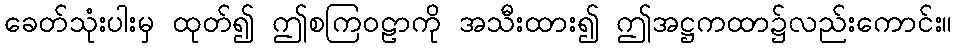
ခေတ်သုံးပါးမှ ထုတ်၍ ဤစကြဝဠာကို အသီးထား၍ ဤအဋ္ဌကထာ၌လည်းကောင်း။